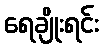
ရေချိုးရင်း